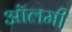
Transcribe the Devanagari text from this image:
ऑलमी